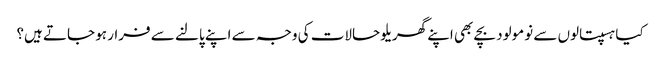
کیا ہسپتالوں سے نومولود بچے بھی اپنے گھریلو حالات کی وجہ سے اپنے پالنے سے فرار ہو جاتے ہیں؟